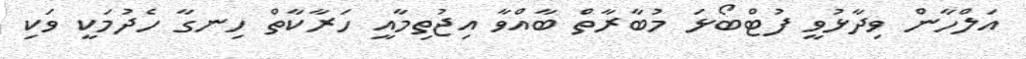
އަލްހާން ވިދާޅުވީ ފުޓްބޯޅަ މުބާރާތް ބާއްވާ އިޖުތިމާއީ ހަރާކާތް ހިނގާ ހެދުމަކީ ވަކި